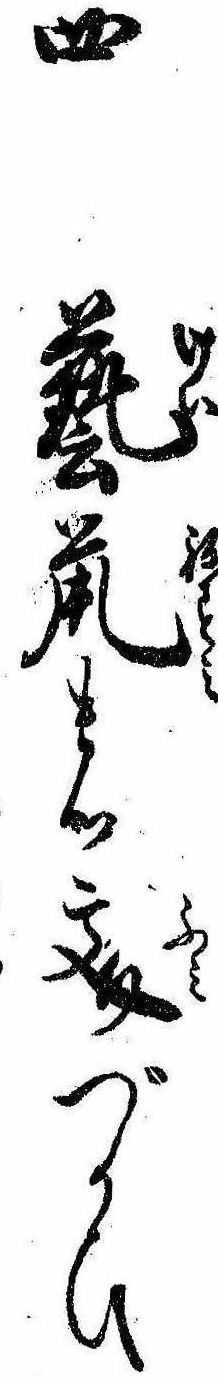
四芸鼠の文づかひ